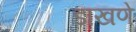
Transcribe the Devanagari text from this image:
डाखणे